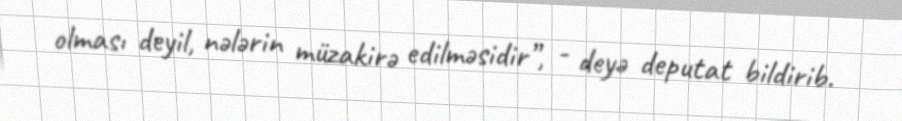
olması deyil, nələrin müzakirə edilməsidir”, - deyə deputat bildirib.